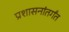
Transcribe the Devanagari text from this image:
प्रशासनांतर्गंत